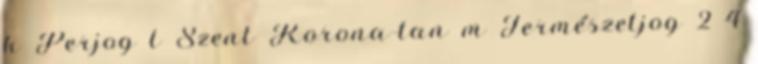
k Perjog l Szent Korona-tan m Természetjog 2 4